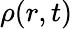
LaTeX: \rho(r,t)